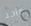
واحد